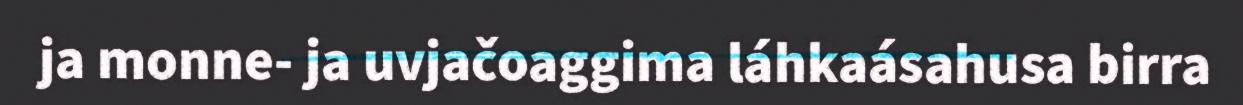
ja monne- ja uvjačoaggima láhkaásahusa birra